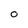
Character: 0